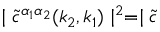
\mid \widetilde { c } ^ { \alpha _ { 1 } \alpha _ { 2 } } ( k _ { 2 } , k _ { 1 } ) \mid ^ { 2 } = \mid \widetilde { c }